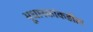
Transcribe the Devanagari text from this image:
भूधारकांकडील